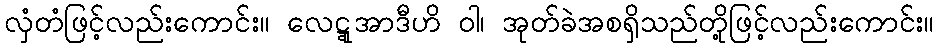
လှံတံဖြင့်လည်းကောင်း။ လေဋ္ဋုအာဒီဟိ ဝါ၊ အုတ်ခဲအစရှိသည်တို့ဖြင့်လည်းကောင်း။